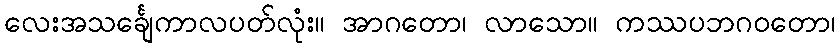
လေးအသင်္ချေကာလပတ်လုံး။ အာဂတော၊ လာသော။ ကဿပဘဂဝတော၊